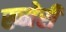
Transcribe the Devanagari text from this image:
ख्मेरी